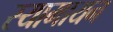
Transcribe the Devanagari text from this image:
स्यामायन